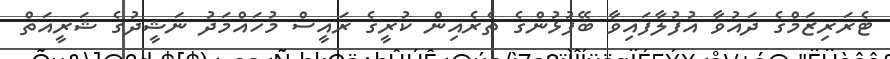
ޓެރަރިޒަމްގެ ދައުވާ އުފުލާފައިވާ ބޭފުޅުންގެ ތެރެއިން ކުރީގެ ރައީސް މުހައްމަދު ނަޝީދުގެ ޝަރީއަތް